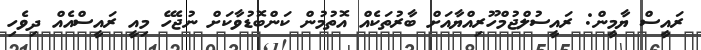
ރައީސް ޔާމީން: ރައީސުލްޖުމްހޫރިއްޔާއަށް ބާރުތަކެއް އޮތުމުން ކަންބޮޑުވާކަށް ނުޖެހޭ މިއީ ރައީސްއެއް ދިވެހި